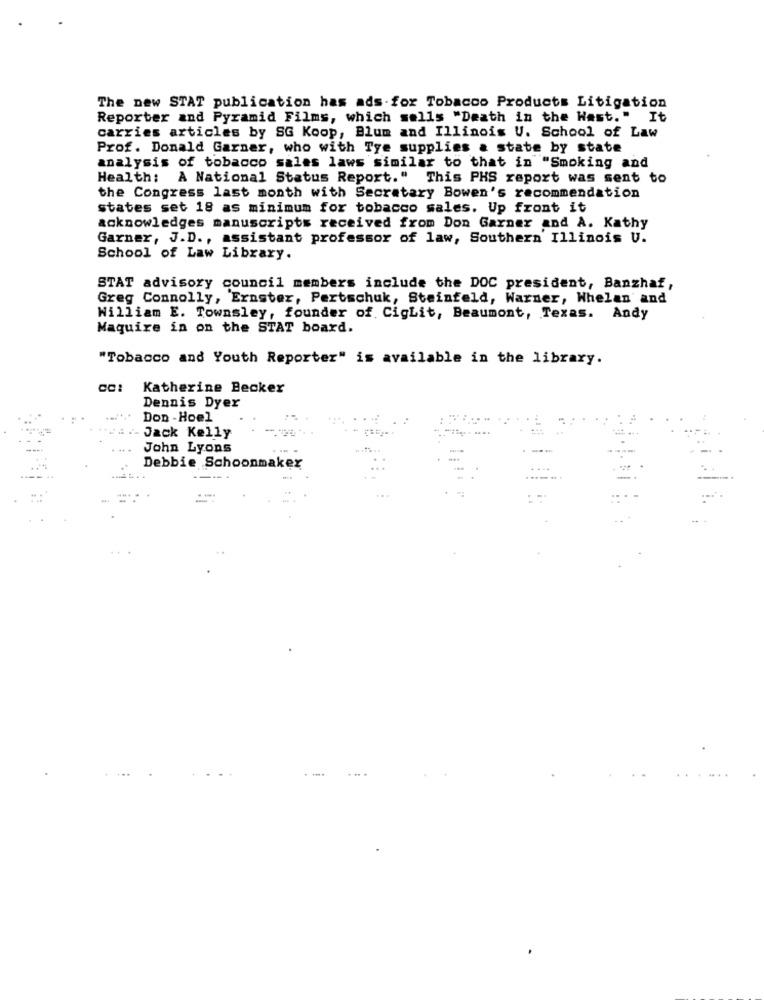
The new STAT publication has ads for Tobacco Products Litigation
Reporter and Pyramid Films, which sells "Death in the Hast." It
carries articles by SG Koop, Blum and Illinois U. School of Law
Prof. Donald Garner, who with Tye supplies a state by state
analysis of tobacco sales laws similar to that in "Smoking and
Health: A National Status Report." This PHS report was sent to
the Congress last month with Secretary Bowen's recommendation
states set 18 as minimum for tobacco sales. Up front it
acknowledges manuscripts received from Don Garner and A. Kathy
Garner, J.D ., assistant professor of law, Southern Illinois U.
School of Law Library.
STAT advisory council members include the DOC president, Banzhaf,
Greg Connolly, Ernster, Pertschuk, Steinfeld, Warner, Whelan and
William E. Townsley, founder of. CigLit, Beaumont, Texas. Andy
Maguire in on the STAT board.
"Tobacco and Youth Reporter" is available in the library.
Katherine Becker
Dennis Dyer
Don -Hoel
- Jack Kelly
John Lyons
---
Debbie Schoonmaker